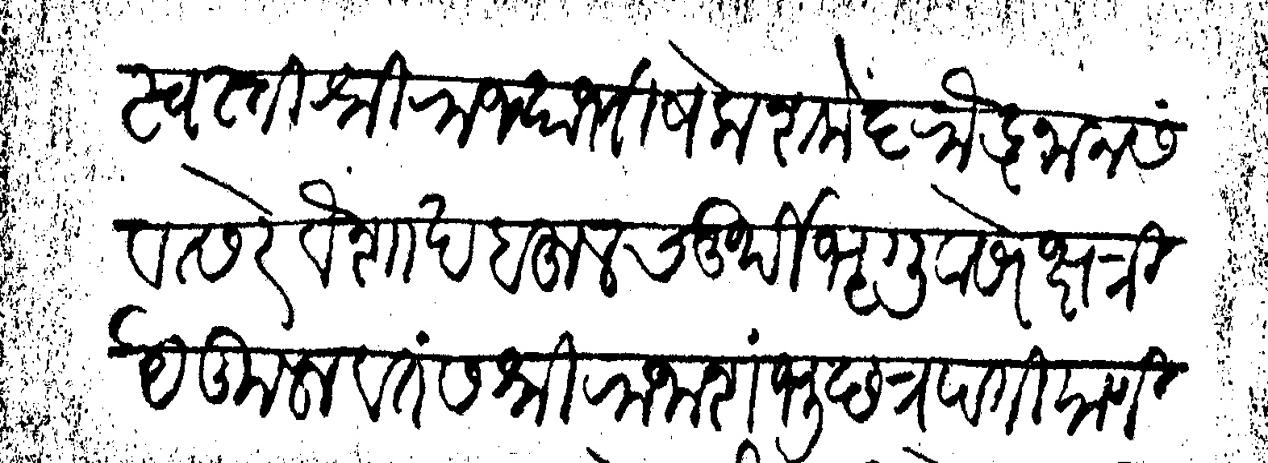
Transliteration (Devanagari): स्वस्ति श्री राज्याभिषेक शके ६ रौद्रनाम संवत्सरे वैशाख बहुल चतुर्थी भृगुवासरे क्षत्रिये कुलावतंस श्रीराजा शंभू छत्रपति याणी